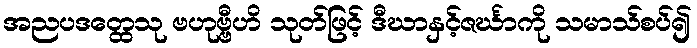
အညပဒတ္ထေသု ဗဟုဗ္ဗီဟိ သုတ်ဖြင့် ဒီဃာနှင့်ဇင်္ဃာကို သမာသ်စပ်၍